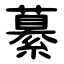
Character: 繤